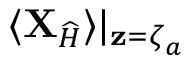
\langle { \mathbf { X } } _ { \widehat { H } } \rangle | _ { { \mathbf { z } } = { \boldsymbol { \zeta } } _ { a } }